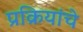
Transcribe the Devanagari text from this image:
प्रक्रियांचे